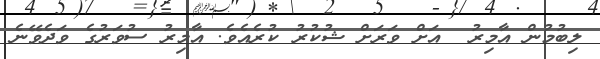
ލިބުމުން އާމިރު  އަށް ވަރަށް ޝުކުރު ކުރެއެވެ. އާމިރު ސުވަރުގެ ވަދެވޭނެ